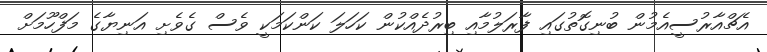
އެޗްއާރުސީއެމުން ބުނިގޮތުގައި ފާރަލުމާއި ބިރުދެއްކުން ކަހަލަ ކަންކަމަކީ ވެސް ގެވެށި އަނިޔާގެ މަފްހޫމަށް